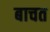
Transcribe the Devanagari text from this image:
बाचत